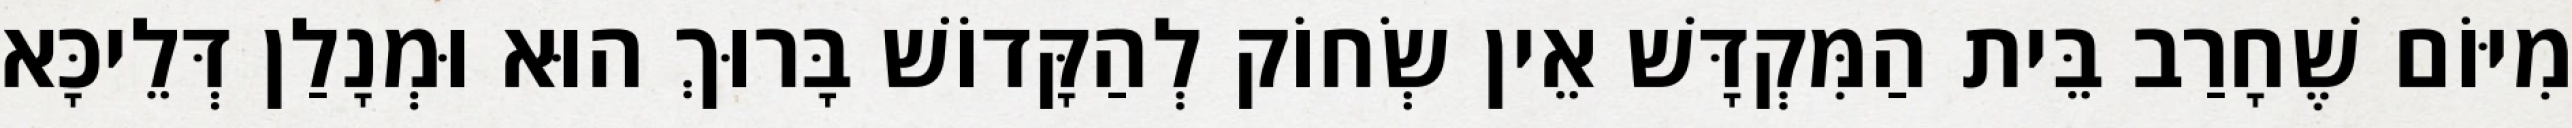
מִיּוֹם שֶׁחָרַב בֵּית הַמִּקְדָּשׁ אֵין שְׂחוֹק לְהַקָּדוֹשׁ בָּרוּךְ הוּא וּמְנָלַן דְּלֵיכָּא